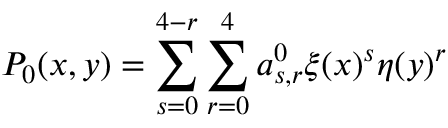
P _ { 0 } ( x , y ) = \sum _ { s = 0 } ^ { 4 - r } \sum _ { r = 0 } ^ { 4 } a _ { s , r } ^ { 0 } \xi ( x ) ^ { s } \eta ( y ) ^ { r }